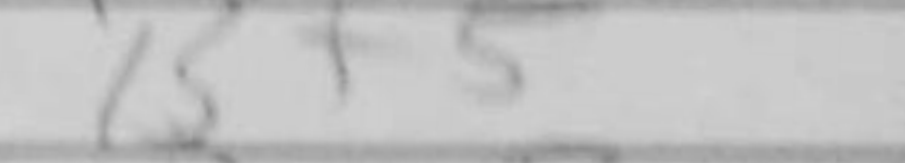
Transcription: Bf5